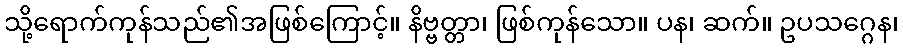
သို့ရောက်ကုန်သည်၏အဖြစ်ကြောင့်။ နိဗ္ဗတ္တာ၊ ဖြစ်ကုန်သော။ ပန၊ ဆက်။ ဥပသဂ္ဂေန၊